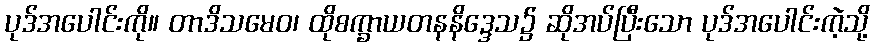
ပုဒ်အပေါင်းကို။ တာဒိသမေဝ၊ ထိုစက္ခာယတနနိဒ္ဒေသ၌ ဆိုအပ်ပြီးသော ပုဒ်အပေါင်းကဲ့သို့